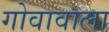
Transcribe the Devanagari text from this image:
गोवावाला